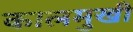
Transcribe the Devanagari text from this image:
कालमुखी